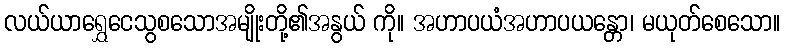
လယ်ယာရွှေငေသွစသောအမျိုးတို့၏အနွယ် ကို။ အဟာပယံအဟာပယန္တော၊ မယုတ်စေသော။